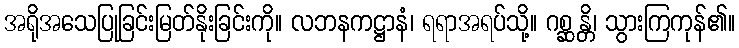
အရိုအသေပြုခြင်းမြတ်နိုးခြင်းကို။ လဘနကဋ္ဌာနံ၊ ရရာအရပ်သို့။ ဂစ္ဆန္တိ၊ သွားကြကုန်၏။